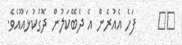
٤٨     ފަހެ އެއުރެން އެ ދެބޭކަލުން ދޮގުކުޅައޫއެވެ.